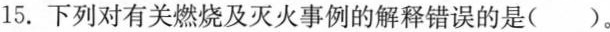
15.下列对有关燃烧及灭火事例的解释错误的是()。